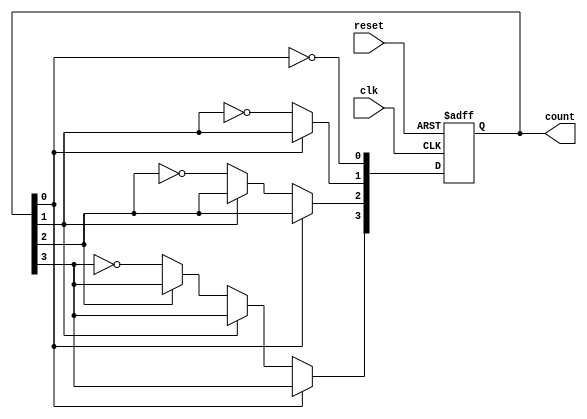
module async_ripple_counter (
    input wire clk,      // Clock input
    input wire reset,    // Asynchronous reset input
    output reg [N-1:0] count // Counter output (N bits)
);

// Parameter for the width of the counter
parameter N = 4; // You can change this value for a different bit-width counter

always @(posedge clk or posedge reset) begin
    if (reset) begin
        count <= 0; // Reset counter to 0
    end else begin
        count[0] <= ~count[0]; // Toggle LSB
        if (count[0] == 0) begin // If LSB transitioned from '1' to '0'
            count[1] <= ~count[1]; // Toggle next flip-flop
            if (count[1] == 0) begin // If second bit transitioned from '1' to '0'
                count[2] <= ~count[2]; // Toggle third flip-flop
                if (count[2] == 0) begin // If third bit transitioned from '1' to '0'
                    count[3] <= ~count[3]; // Toggle fourth flip-flop
                    // Extend as necessary for more bits
                end
            end
        end
    end
end

endmodule